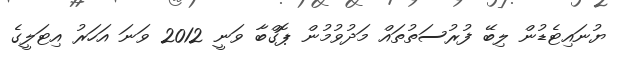
ޔުނައިޓެޑުން ލިބޭ ފުރުސަތުތައް މަދުވުމުން ޕޮގްބާ ވަނީ 2012 ވަނަ އަހަރު އިޓަލީގެ